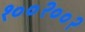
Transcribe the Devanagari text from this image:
१००२००२